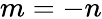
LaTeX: m=-n